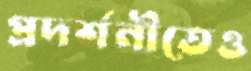
প্রদর্শনীতেও